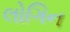
લોગિન